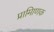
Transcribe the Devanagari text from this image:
प्रामािणक